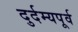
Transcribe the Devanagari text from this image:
दुर्दम्यपूर्व